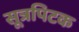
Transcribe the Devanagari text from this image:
सूत्रपिटक